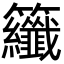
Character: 𮇂